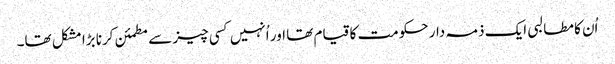
اُن کا مطالبی ایک ذمہ دار حکومت کا قیام تھا اور اُنہیں کسی چیز سے مطمئن کرنا بڑا مشکل تھا۔